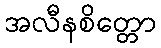
အလီနစိတ္တော